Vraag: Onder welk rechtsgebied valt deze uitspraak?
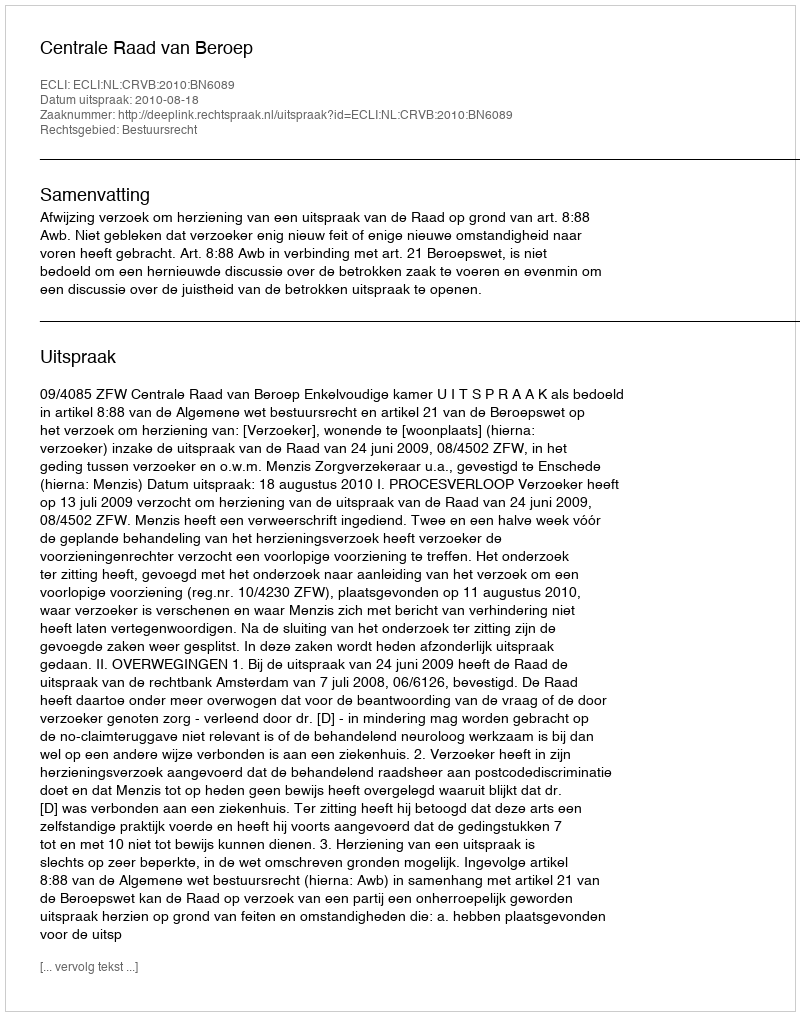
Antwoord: Bestuursrecht